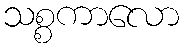
သစ္စကာလော